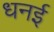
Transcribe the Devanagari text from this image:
धनई